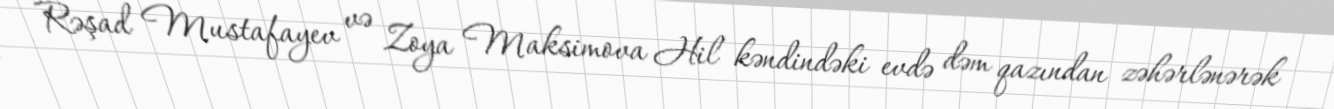
Rəşad Mustafayev və Zoya Maksimova Hil kəndindəki evdə dəm qazından zəhərlənərək